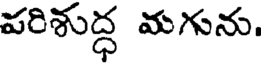
పరిశుద్ధ మగును.